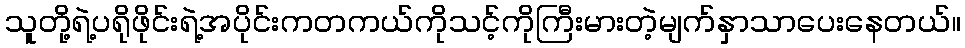
သူတို့ရဲ့ပရိုဖိုင်းရဲ့အပိုင်းကတကယ်ကိုသင့်ကိုကြီးမားတဲ့မျက်နှာသာပေးနေတယ်။